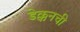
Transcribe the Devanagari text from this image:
डेक्कनची